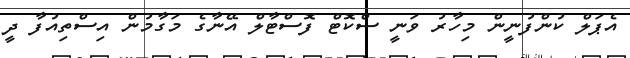
އެޕަލް ކުންފުނީން މިހާރު ވަނީ ސްކޮޓް ފޮސްޓާލް އޭނާގެ މަގާމުން އިސްތިއުފާ ދީ